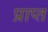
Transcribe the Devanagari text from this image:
प्राप्त